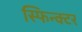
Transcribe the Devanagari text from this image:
स्फिन्क्टर